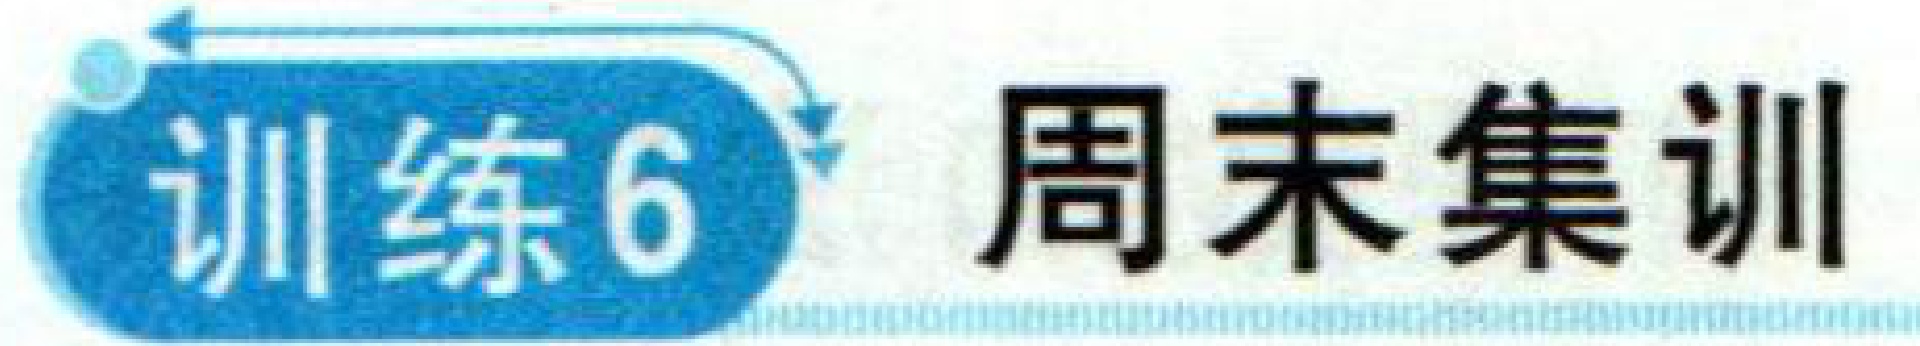
训练6 周末集训